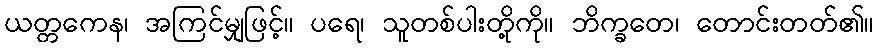
ယတ္တကေန၊ အကြင်မျှဖြင့်။ ပရေ၊ သူတစ်ပါးတို့ကို။ ဘိက္ခတေ၊ တောင်းတတ်၏။